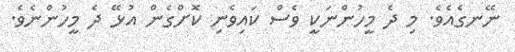
ނޭނގެއެވެ. މި ދެ މީހުންނަކީ ވެސް ކައިވެނި ކޮށްގެން އުޅޭ ދެ މީހުންނެވެ.